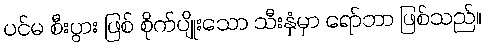
ပင်မ စီးပွား ဖြစ် စိုက်ပျိုးသော သီးနှံမှာ ရော်ဘာ ဖြစ်သည်။